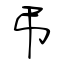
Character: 弔